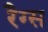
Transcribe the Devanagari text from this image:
रैग्स